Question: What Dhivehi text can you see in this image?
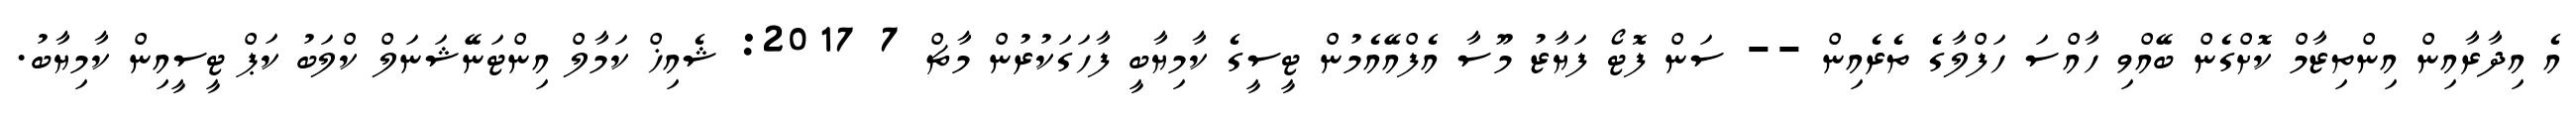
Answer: އެ އިދާރާއިން އިންތިޒާމް ކޮށްގެން ބޭއްވި ހާއްސަ ހަފްލާގެ ތެރެއިން -- ސަން ފޮޓޯ ފަޔާޒު މޫސާ އެފްއޭއެމުން ޓީސީގެ ކާމިޔާބީ ފާހަގަކުރުން މާޗް 7 2017: ޝެއިޚް ކަމާލް އިންޓަނޭޝަނަލް ކްލަބު ކަޕް ޓީސީއިން ކާމިޔާބު.